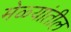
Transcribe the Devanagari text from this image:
मेळ्यांतील